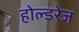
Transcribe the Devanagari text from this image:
होल्डरेज